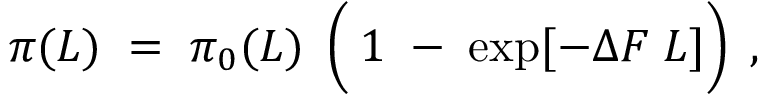
\pi ( L ) \; = \; \pi _ { 0 } ( L ) \; \left( \frac { } { } 1 \; - \; \exp [ - \Delta F \; L ] \right) \; ,